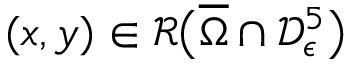
( x , y ) \in \mathcal { R } \big ( \overline { { \Omega } } \cap \mathcal { D } _ { \epsilon } ^ { 5 } \big )